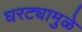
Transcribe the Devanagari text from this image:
घरट्यामुळे